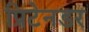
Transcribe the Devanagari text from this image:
प्रिटेनडर